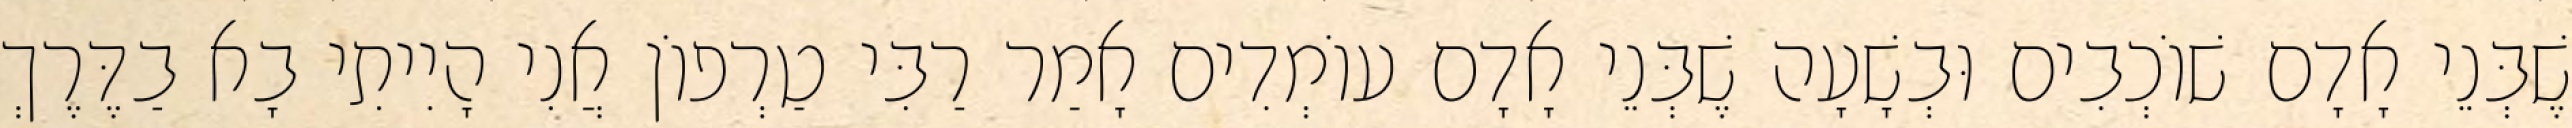
שֶׁבְּנֵי אָדָם שׁוֹכְבִים וּבְשָׁעָה שֶׁבְּנֵי אָדָם עוֹמְדִים אָמַר רַבִּי טַרְפוֹן אֲנִי הָיִיתִי בָא בַדֶּרֶךְ